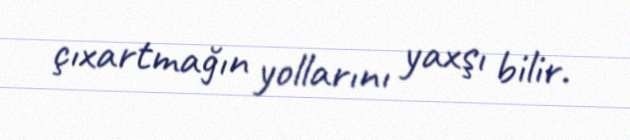
çıxartmağın yollarını yaxşı bilir.